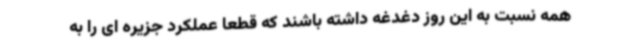
همه نسبت به این روز دغدغه داشته باشند که قطعا عملکرد جزیره ای را به